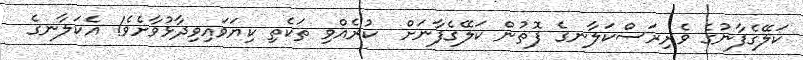
ކަލޭގެފާނުގެ ވެރިރަސްކަލާނގެ ފޮތުން ކަލޭގެފާނަށް  ކުރެއްވި ތަކެތި ކިޔަވައިވިދާޅުވާށެވެ! އެކަލާނގެ